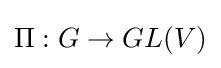
\Pi :G\rightarrow GL(V)